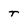
Character: t